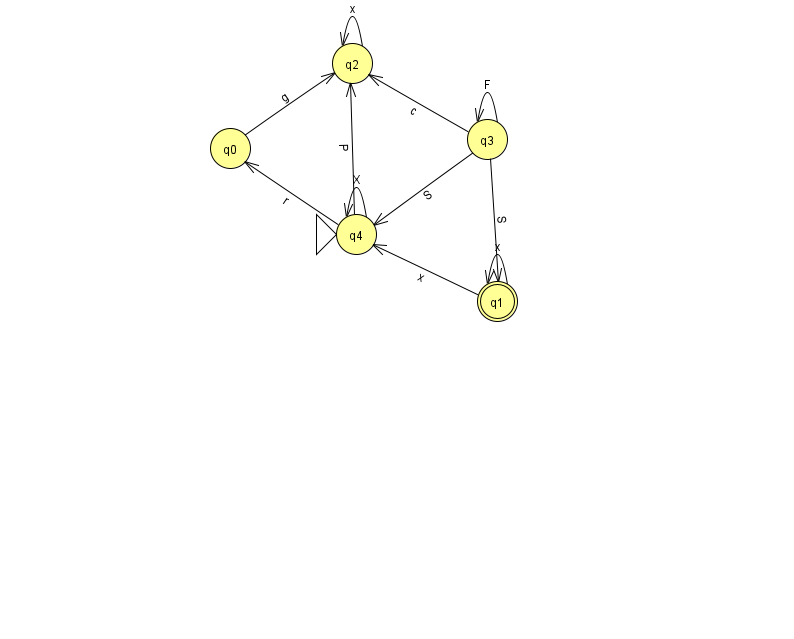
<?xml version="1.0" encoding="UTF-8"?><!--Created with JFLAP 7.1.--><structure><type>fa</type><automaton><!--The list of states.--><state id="0" name="q0"><x>230.0</x><y>135.0</y></state><state id="1" name="q1"><x>497.0</x><y>288.0</y><final/></state><state id="2" name="q2"><x>352.0</x><y>50.0</y></state><state id="3" name="q3"><x>487.0</x><y>126.0</y></state><state id="4" name="q4"><x>356.0</x><y>221.0</y><initial/></state><!--The list of transitions.--><transition><from>3</from><to>2</to><read>c</read></transition><transition><from>3</from><to>3</to><read>F</read></transition><transition><from>4</from><to>0</to><read>r</read></transition><transition><from>1</from><to>1</to><read>x</read></transition><transition><from>2</from><to>2</to><read>x</read></transition><transition><from>4</from><to>4</to><read>X</read></transition><transition><from>1</from><to>4</to><read>x</read></transition><transition><from>3</from><to>1</to><read>S</read></transition><transition><from>4</from><to>2</to><read>P</read></transition><transition><from>0</from><to>2</to><read>g</read></transition><transition><from>3</from><to>4</to><read>S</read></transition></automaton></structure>